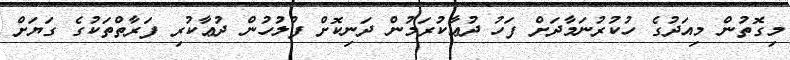
މިގޮތުން މިއަދުގެ ހުކުރުނަމާދަށް ފަހު ދުޢާކުރަމުން ދަނިކޮށް ފުލުހުން ދުޢާކުރި ފަރާތްތަކުގެ ގަޔަށް